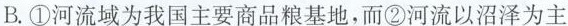
B.①河流域为我国主要商品粮基地，而②河流以沼泽为主